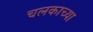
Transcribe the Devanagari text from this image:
चलकाच्या